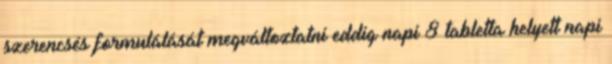
szerencsés formulálását megváltoztatni eddig napi 8 tabletta helyett napi